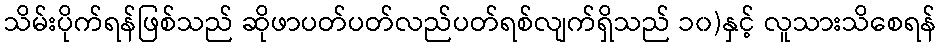
သိမ်းပိုက်ရန်ဖြစ်သည် ဆိုဖာပတ်ပတ်လည်ပတ်ရစ်လျက်ရှိသည် ၁၀)နှင့် လူသားသိစေရန်